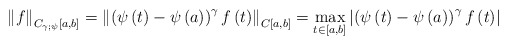
\begin{align*}\left\Vert f\right\Vert _{C_{\gamma ;\psi }\left[ a,b\right] }=\left\Vert\left( \psi \left( t\right) -\psi \left( a\right) \right) ^{\gamma}f\left(t\right) \right\Vert _{C\left[ a,b\right] }=\underset{t\in \left[ a,b\right] }{\max }\left\vert \left( \psi \left( t\right) -\psi \left( a\right) \right)^{\gamma }f\left( t\right) \right\vert\end{align*}